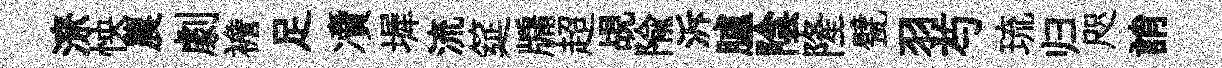
潦怏農劇襜足凟墀流筵牖超覘隃泝臚陰隆甓羽芍琉归咫誚